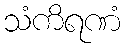
သံကိရဏံ